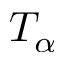
T _ { \alpha }